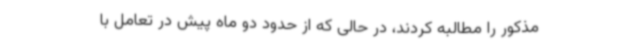
مذکور را مطالبه کردند، در حالی که از حدود دو ماه پیش در تعامل با